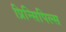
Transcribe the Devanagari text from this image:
प्रिन्सिपिल्स